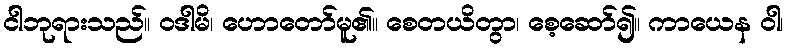
ငါဘုရားသည်။ ဝဒါမိ၊ ဟောတော်မူ၏။ စေတယိတွာ၊ စေ့ဆော်၍။ ကာယေန ဝါ၊